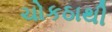
ચોકઠાથી